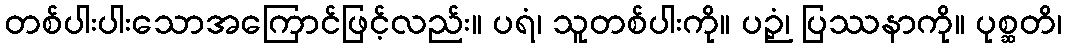
တစ်ပါးပါးသောအကြောင်ဖြင့်လည်း။ ပရံ၊ သူတစ်ပါးကို။ ပဉှံ၊ ပြဿနာကို။ ပုစ္ဆတိ၊